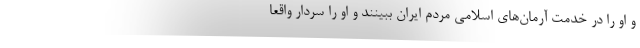
و او را در خدمت آرمان‌های اسلامی مردم ایران ببینند و او را سردار واقعا